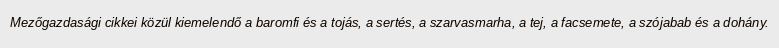
Mezőgazdasági cikkei közül kiemelendő a baromfi és a tojás, a sertés, a szarvasmarha, a tej, a facsemete, a szójabab és a dohány.